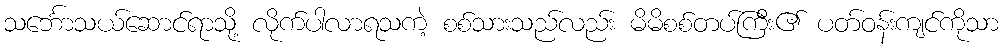
သင်္ဘောသယ်ဆောင်ရာသို့ လိုက်ပါလာရသကဲ့ စစ်သားသည်လည်း မိမိစစ်တပ်ကြီး၏ ပတ်ဝန်းကျင်ကိုသာ